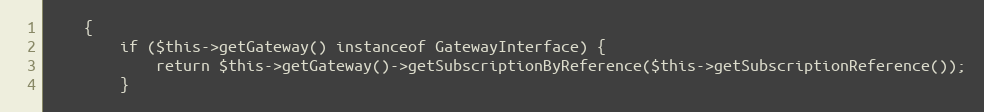
Language: PHP
    {
        if ($this->getGateway() instanceof GatewayInterface) {
            return $this->getGateway()->getSubscriptionByReference($this->getSubscriptionReference());
        }